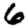
Digit: 6